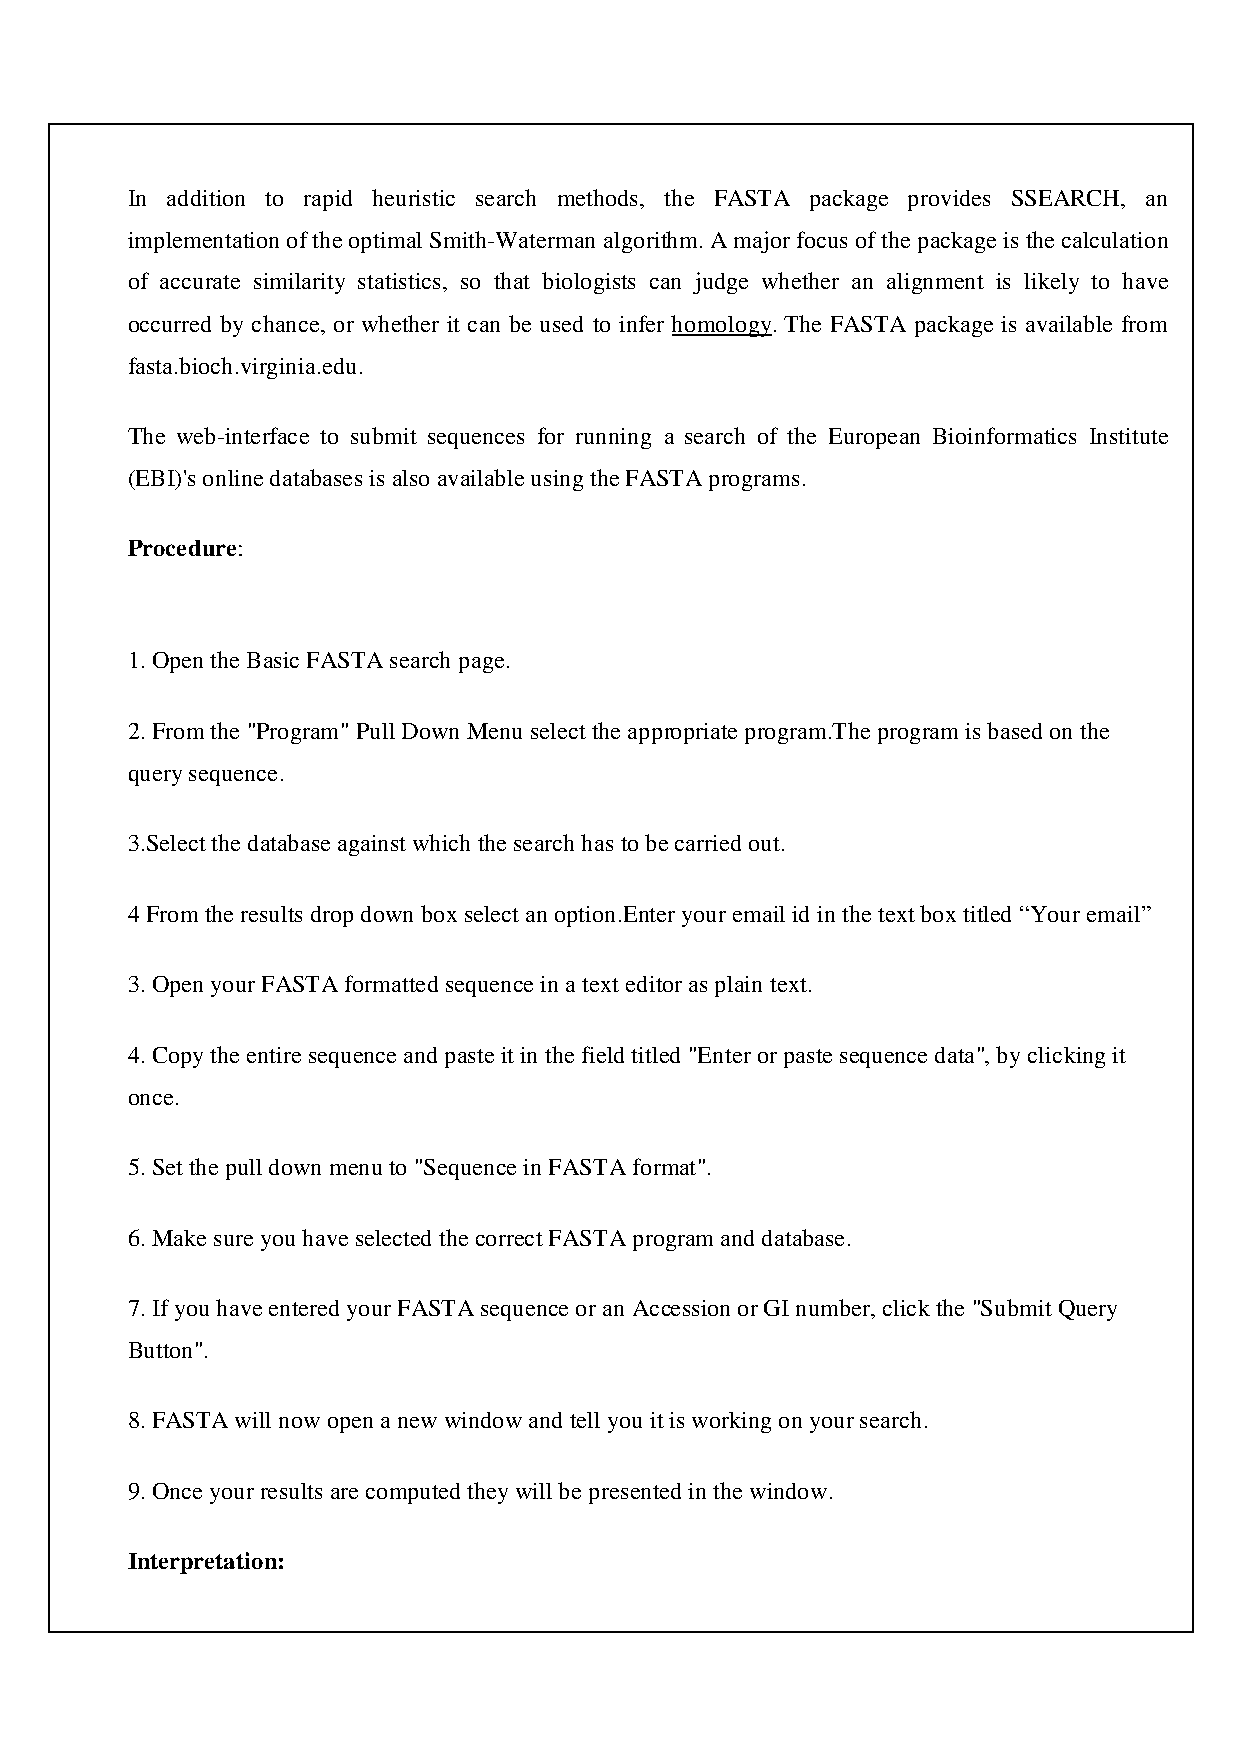
In addition to rapid heuristic search methods, the FASTA package provides SSEARCH, an
 implementation of the optimal Smith-Waterman algorithm. A major focus of the package is the calculation
 of accurate similarity statistics, so that biologists can judge whether an alignment is likely to have
 occurred by chance, or whether it can be used to infer homology. The FASTA package is available from
 fasta.bioch.virginia.edu.
 The web-interface to submit sequences for running a search of the European Bioinformatics Institute
 (EBI)'s online databases is also available using the FASTA programs.
 Procedure:
 1. Open the Basic FASTA search page.
 2. From the "Program" Pull Down Menu select the appropriate program.The program is based on the
 query sequence.
 3.Select the database against which the search has to be carried out.
 4 From the results drop down box select an option.Enter your email id in the text box titled “Your email”
 3. Open your FASTA formatted sequence in a text editor as plain text.
 4. Copy the entire sequence and paste it in the field titled "Enter or paste sequence data", by clicking it
 once.
 5. Set the pull down menu to "Sequence in FASTA format".
 6. Make sure you have selected the correct FASTA program and database.
 7. If you have entered your FASTA sequence or an Accession or GI number, click the "Submit Query
 Button".
 8. FASTA will now open a new window and tell you it is working on your search.
 9. Once your results are computed they will be presented in the window.
 Interpretation: